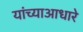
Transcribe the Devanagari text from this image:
यांच्याआधारे